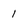
Character: 1